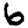
Digit: 6